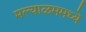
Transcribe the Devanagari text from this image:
मल्याळममध्ये